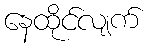
နေထိုင်လျက်